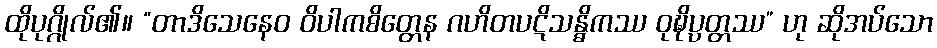
ထိုပုဂ္ဂိုလ်၏။ “တာဒိသေနေဝ ဝိပါကစိတ္တေန ဂဟိတပဋိသန္ဓိကဿ ဝုဍ္ဎိပ္ပတ္တဿ” ဟု ဆိုအပ်သော